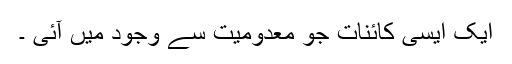
ایک ایسی کائنات جو معدومیت سے وجود میں آئی ۔